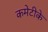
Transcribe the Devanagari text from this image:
कमेटीके